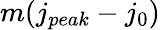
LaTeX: m(j_{peak}-j_{0})